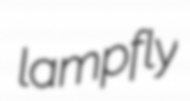
lampfly